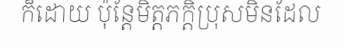
ក៏ដោយ ប៉ុន្តែមិត្តភក្តិប្រុសមិនដែល